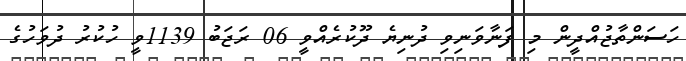
ހަސަންތާޖުއްދީން މި ފަނާވަނިވި ދުނިޔެ ދޫކުރެއްވީ 06 ރަޖަބު 1139ވީ ހުކުރު ދުވަހުގެ